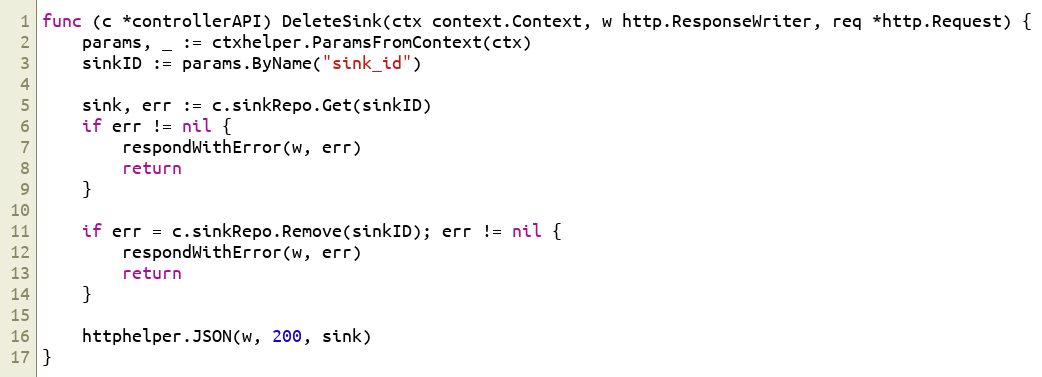
Language: Go
func (c *controllerAPI) DeleteSink(ctx context.Context, w http.ResponseWriter, req *http.Request) {
	params, _ := ctxhelper.ParamsFromContext(ctx)
	sinkID := params.ByName("sink_id")

	sink, err := c.sinkRepo.Get(sinkID)
	if err != nil {
		respondWithError(w, err)
		return
	}

	if err = c.sinkRepo.Remove(sinkID); err != nil {
		respondWithError(w, err)
		return
	}

	httphelper.JSON(w, 200, sink)
}